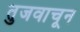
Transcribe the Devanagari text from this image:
तुजवाचून